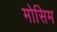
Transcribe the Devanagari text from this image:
मोसिम